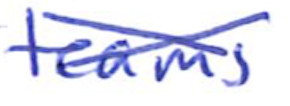
Text: teams
Cross-out: mix
Writing tool: ballpoint